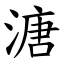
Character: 溏